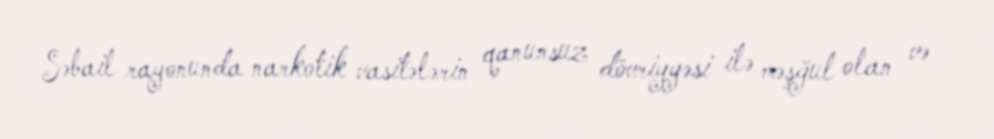
Səbail rayonunda narkotik vasitələrin qanunsuz dövriyyəsi ilə məşğul olan və